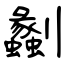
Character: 劙